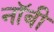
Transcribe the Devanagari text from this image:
नॉबी